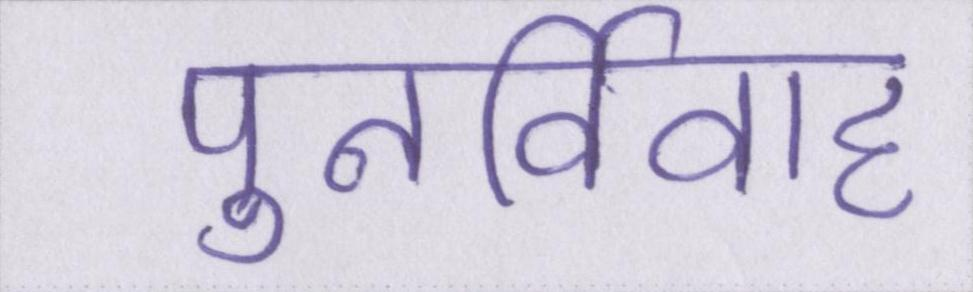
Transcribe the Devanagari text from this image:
पुनर्विवाह